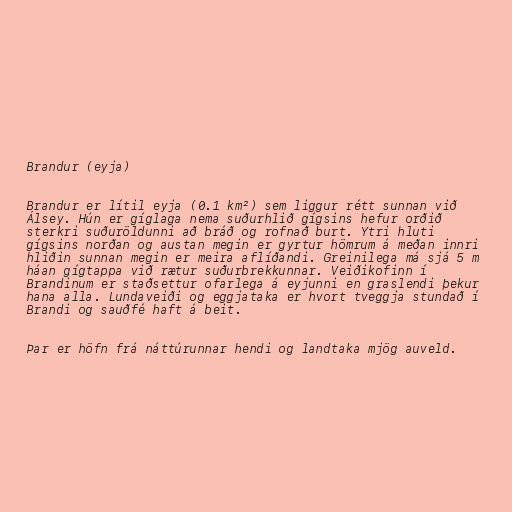
Brandur (eyja)

Brandur er lítil eyja (0.1 km²) sem liggur rétt sunnan við
Álsey. Hún er gíglaga nema suðurhlið gígsins hefur orðið
sterkri suðuröldunni að bráð og rofnað burt. Ytri hluti
gígsins norðan og austan megin er gyrtur hömrum á meðan innri
hliðin sunnan megin er meira aflíðandi. Greinilega má sjá 5 m
háan gígtappa við rætur suðurbrekkunnar. Veiðikofinn í
Brandinum er staðsettur ofarlega á eyjunni en graslendi þekur
hana alla. Lundaveiði og eggjataka er hvort tveggja stundað í
Brandi og sauðfé haft á beit.

Þar er höfn frá náttúrunnar hendi og landtaka mjög auveld.